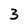
Character: 3